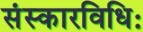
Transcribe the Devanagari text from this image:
संस्कारविधिः